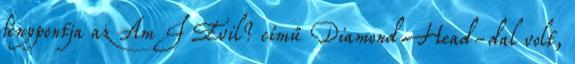
fénypontja az Am I Evil? című Diamond Head-dal volt,